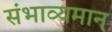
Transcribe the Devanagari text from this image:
संभाव्यमान